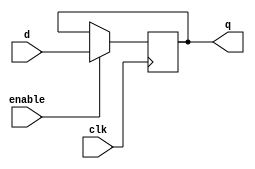
//-----------------------------------------------------------------------------
// D Flip-Flops
//-----------------------------------------------------------------------------

// D flip-flop with parameterized bit width (default: 1-bit)
// Parameters in Verilog: http://www.asic-world.com/verilog/para_modules1.html
module dff #( parameter W = 32 )
(
    input clk,
    input enable,
    input [W-1:0] d,
    output reg [W-1:0] q
);

    initial q = {W{1'b0}};

    always @(posedge clk) begin
        if(enable) begin
            q <= d;
        end
    end

endmodule

// Auxiliary Registers
module auxreg #( parameter W = 16 )
(
    input clk,
    input ARP,
    input [W-1:0] in,
    output [W/2-1:0] out
);

    wire [W-1:0] interm, interm0, interm1;

    dff #(W) AR0(.clk(clk),
                    .enable(!ARP),
                    .d(in),
                    .q(interm0));

    dff #(W) AR1(.clk(clk),
                    .enable(ARP),
                    .d(in),
                    .q(interm1));

    assign interm = (ARP) ? interm1 : interm0;
    assign out = interm[7:0];

endmodule